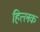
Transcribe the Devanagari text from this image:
हित्लक